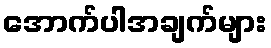
အောက်ပါအချက်များ